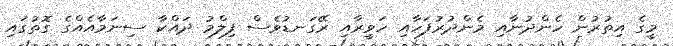
މީގެ އިތުރުން ހެންދުނާއި މެންދުރުފަހާއި ހަވީރާއި ރޭގަނޑުވެސް ފިލްމު ދައްކާ ސިނަމާއެއްގެ ގޮތުގައި